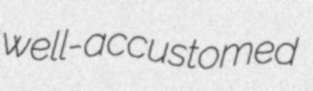
well-accustomed